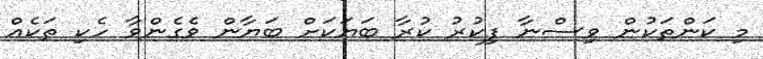
މި ކަންތަކުން ވިސްނާ ފިކުރު ކުރާ ބަޔަކަށް ބަޔާން ވެގެންވާ ހެކި ތަކެއް